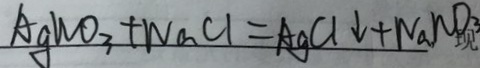
A g N O _ { 3 } + N a C l = A g C l \downarrow + N a N O _ { 3 }